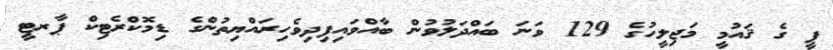
ޕީ ގެ ޤައުމީ މަޖިލީހުގެ 129 ވަނަ ބައްދަލުވުން ބާއްވައިފިދިވެހިރައްޔިތުންގެ ޑިމޮކްރެޓިކް ޕާރޓީ